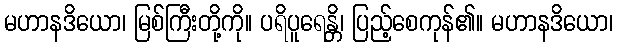
မဟာနဒိယော၊ မြစ်ကြီးတို့ကို။ ပရိပူရေန္တိ၊ ပြည့်စေကုန်၏။ မဟာနဒိယော၊